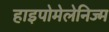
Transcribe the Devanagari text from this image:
हाइपोमेलेनिज्म